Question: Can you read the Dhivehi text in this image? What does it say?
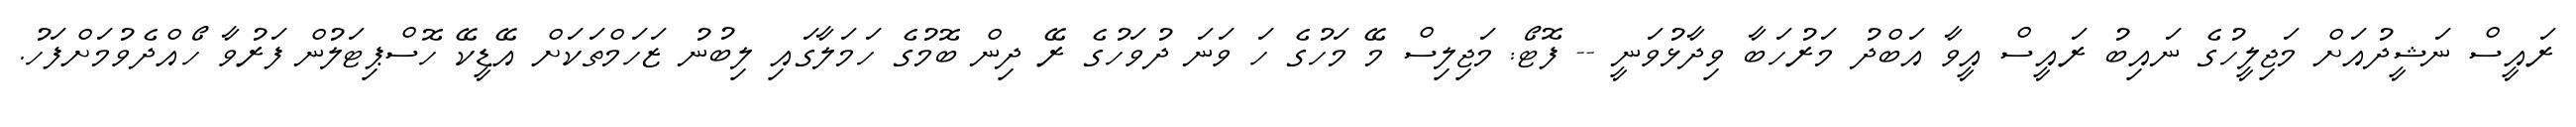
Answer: ރައީސް ނަޝީދުއަށް މަޖިލީހުގެ ނައިބު ރައީސް އީވާ އަބްދު މަރުހަބާ ވިދާޅުވަނީ -- ފޮޓޯ: މަޖިލިސް މޭ މަހުގެ ހަ ވަނަ ދުވަހުގެ ރޭ ދިން ބޮމުގެ ހަމަލާގައި ލިބުނު ޒަހަމްތަކަށް އޭޑީކޭ ހޮސްޕިޓަލުން ފަރުވާ ހޯއްދެވުމަށްފަހު.